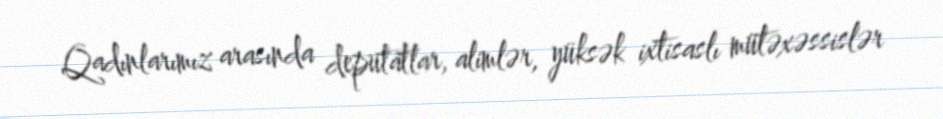
Qadınlarımız arasında deputatlar, alimlər, yüksək ixtisaslı mütəxəssislər